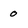
Character: 0